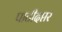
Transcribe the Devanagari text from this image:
पाटीदप्तर